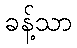
ခန့်သာ